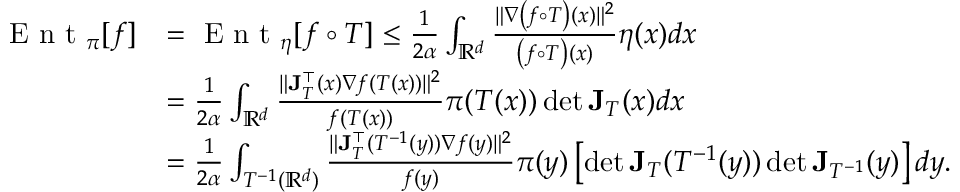
\begin{array} { r l } { \textrm { E n t } _ { \pi } [ f ] } & { = \textrm { E n t } _ { \eta } [ f \circ T ] \leq \frac { 1 } { 2 \alpha } \int _ { \mathbb { R } ^ { d } } \frac { \| \nabla \left( f \circ T \right) ( x ) \| ^ { 2 } } { \left( f \circ T \right) ( x ) } \eta ( x ) d x } \\ & { = \frac { 1 } { 2 \alpha } \int _ { \mathbb { R } ^ { d } } \frac { \| \mathbf { J } _ { T } ^ { \top } ( x ) \nabla f ( T ( x ) ) \| ^ { 2 } } { f ( T ( x ) ) } \pi ( T ( x ) ) \operatorname* { d e t } \mathbf { J } _ { T } ( x ) d x } \\ & { = \frac { 1 } { 2 \alpha } \int _ { T ^ { - 1 } ( \mathbb { R } ^ { d } ) } \frac { \| \mathbf { J } _ { T } ^ { \top } ( T ^ { - 1 } ( y ) ) \nabla f ( y ) \| ^ { 2 } } { f ( y ) } \pi ( y ) \left[ \operatorname* { d e t } \mathbf { J } _ { T } ( T ^ { - 1 } ( y ) ) \operatorname* { d e t } \mathbf { J } _ { T ^ { - 1 } } ( y ) \right] d y . } \end{array}